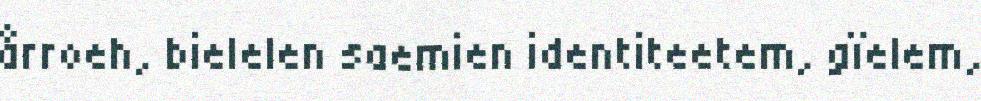
årroeh, bielelen saemien identiteetem, gïelem,